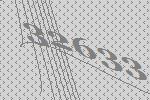
32633